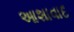
આશાવાદ